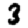
Digit: 3